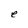
Character: e